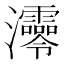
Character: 𤅫